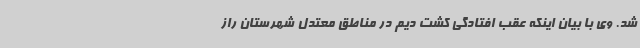
شد. وی با بیان اینکه عقب افتادگی کشت دیم در مناطق معتدل شهرستان راز